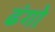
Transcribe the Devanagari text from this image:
ढंगो